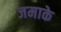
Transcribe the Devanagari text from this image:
जमाके